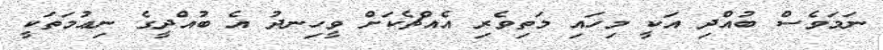
ނަމަވެސް ބުއްދި އަކީ މިހައި މަތިވެރި އެއްޗެކަށް ވީހިނދު އެ ބުއްދީގެ ނިޢުމަތަކީ